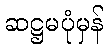
ဆဋ္ဌမပုံမှန်